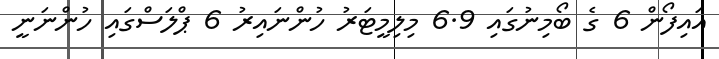
އައިފޯން 6 ގެ ބޯމިނުގައި 6.9 މިލިމީޓަރު ހުންނައިރު 6 ޕްލަސްގައި ހުންނަނީ